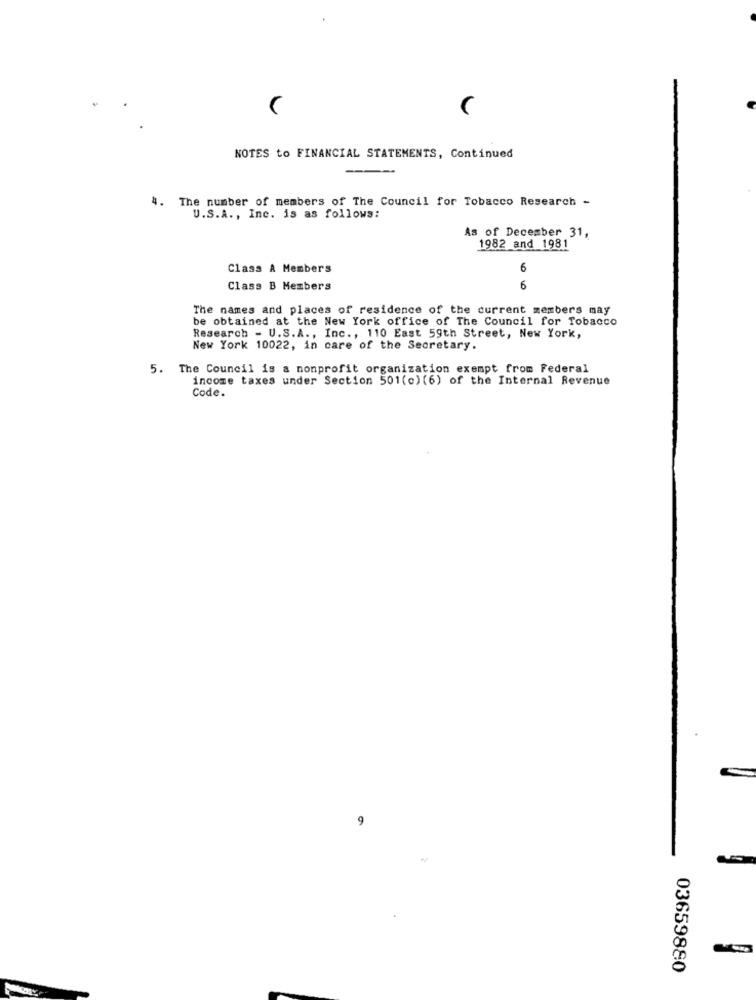
NOTES to FINANCIAL STATEMENTS, Continued
4.
The number of members of The Council for Tobacco Research -
U.S.A ., Inc. is as follows:
As of December 31,
1982 and 1981
Class A Members
6
Class B Members
6
The names and places of residence of the current members may
be obtained at the New York office of The Council for Tobacco
Research - U.S.A ., Inc ., 110 East 59th Street, New York,
New York 10022, in care of the Secretary.
5. The Council is a nonprofit organization exempt from Federal
income taxes under Section 501(c) (6) of the Internal Revenue
Code.
03659880